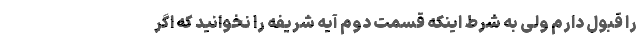
را قبول دارم ولی به شرط اینکه قسمت دوم آیه شریفه را نخوانید که اگر